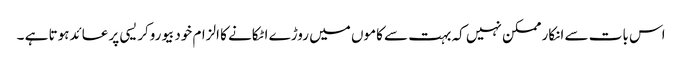
اس بات سے انکار ممکن نہیں کہ بہت سے کاموں میں روڑے اٹکانے کا الزام خودبیوروکریسی پر عائدہوتا ہے ۔